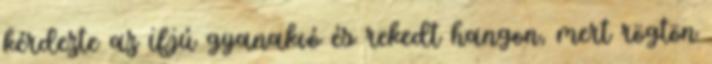
kérdezte az ifjú gyanakvó és rekedt hangon, mert rögtön